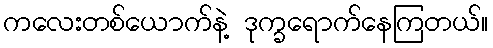
ကလေးတစ်ယောက်နဲ့ ဒုက္ခရောက်နေကြတယ်။